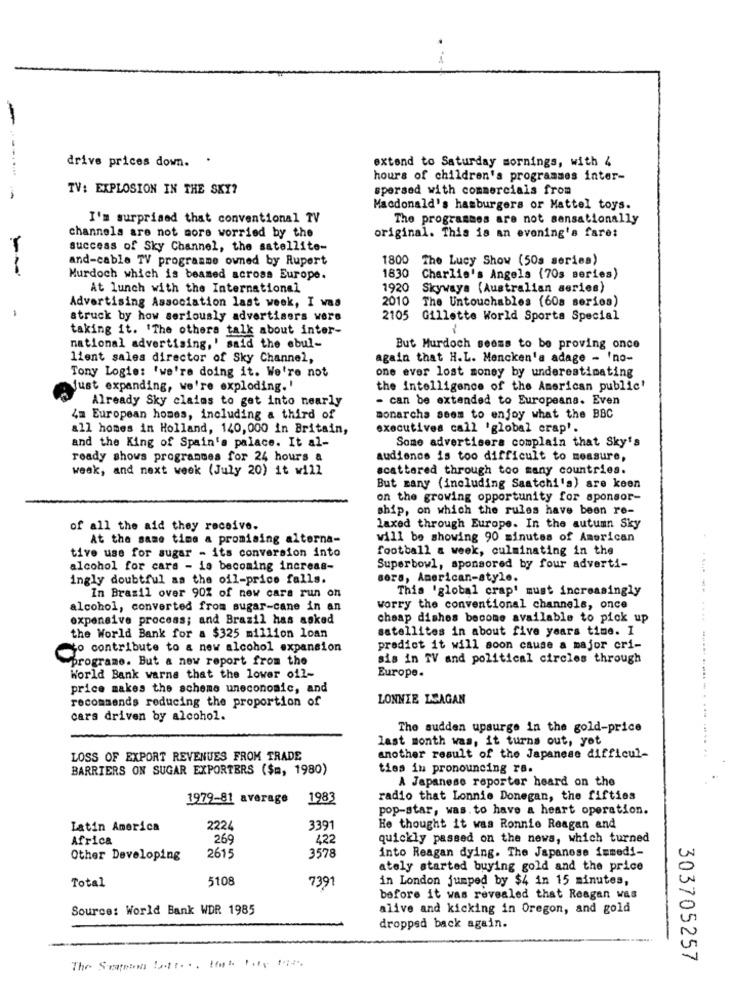
drivs prices down. .
extend to Saturday mornings, with 4
hours of children's programmes inter-
TV: EXPLOSION IN THE SKY?
spersed with commercials from
Macdonald's hamburgers or Mattel toys.
I'm surprised that conventional TV
The programmes are not sensationally
channels are not more worried by the
original. This is an evening's fare:
success of Sky Channel, the satellite-
and-cable TV programme owned by Rupert
1800
The Lucy Show (50s seriea)
1830
Murdoch which is beamed across Europe.
Charlie's Angels (70s series)
At lunch with the International
1920
Skywaya (Australian series)
2010 The Untouchables (60a series)
-
Advertising Association last week, I was
struck by how seriously advertisers were
2105 Gillette World Sports Special
taking it. 'The othera talk about inter-
national advertising,' said the ebul-
But Murdoch seems to be proving once
lient sales director of Sky Channel,
again that H.L. Mencken's adage - 'no-
Tony Logie: 'we're doing it. We're not
one ever lost money by underestimating
Just expanding, we're exploding.'
the intelligence of the American public'
Already Sky claims to get into nearly
- can be extended to Europeana. Even
La European homes, including a third of
monarcha seem to enjoy what the BBC
all homes in Holland, 140, 000 in Britain,
executives call 'global crap'.
and the King of Spain's palace. It al-
Some advertisers complain that Sky's
ready shows programmes for 24 hours a
audience is too difficult to measure,
week, and next week (July 20) it will
scattered through too many countries.
But many (including Saatchi's) are keen
on the growing opportunity for sponsor-
ship, on which the rules have been re-
of all the aid they receive.
laxed through Europe. In the autumn Sky
At the same time a promising alterna-
will be showing 90 minutes of American
tive use for sugar - its conversion into
football a week, culminating in the
alcohol for cars - is becoming increas-
Superbowl, sponsored by four adverti-
ingly doubtful as the oil-price falls.
sera, American-style.
This 'global crap' must increasingly
--
In Brazil over 90% of new cara run on
alcohol, converted from sugar-cane in an
worry the conventional channels, once
expensive process; and Brazil has asked
cheap dishes become available to pick up
satellites in about five years time. I
the World Bank for a $325 million loan
to contribute to a new alcohol expansion
predict it will soon cause a major cri-
programe. But a new report from the
sis in TV and political circles through
Europe.
World Bank warne that the lower oil-
price makes the scheme uneconomic, and
recommends reducing the proportion of
LONNIE LCAGAN
cars driven by alcohol.
The sudden upsurge in the gold-price
last month was, it turns out, yot
LOSS OF EXPORT REVENUES FROM TRADE
another result of the Japanese difficul-
BARRIERS ON SUGAR EXPORTERS ($m, 1980)
ties in pronouncing ra.
A Japanese reporter heard on the
1979-81 average
1983
radio that Lonnie Donegan, the fifties
pop-star, was. to have a heart operation.
Latin America
2224
3391
He thought it was Ronnie Reagan and
Africa
269
422
quickly passed on the news, which turned
2615
3578
Other Developing
into Reagan dying. The Japanese ismed !-
ately started buying gold and the price
5108
in London jumped by $4 in 15 minutes,
Total
739
before it was revealed that Reagan was
Source: World Bank WDR 1985
alive and kicking in Oregon, and gold
dropped back again.
303705257